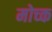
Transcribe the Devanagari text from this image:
मोच्क